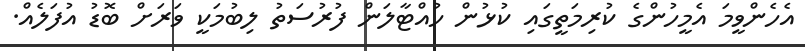
އެހެންވީމަ އެމީހުންގެ ކުރިމަތީގައި ކުޅުން ހުއްޓާލަން ފުރުސަތު ލިބުމަކީ ވަރަށް ބޮޑު އުފަލެއް.